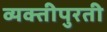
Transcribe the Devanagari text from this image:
व्यक्तीपुरती